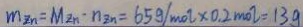
m _ { z n } = M _ { z n } \cdot n _ { z n } = 6 5 g / m o l \times 0 . 2 m o l = 1 3 g